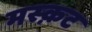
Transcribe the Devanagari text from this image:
मस्क़ट